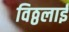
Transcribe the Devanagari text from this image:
विठ्ठलाई